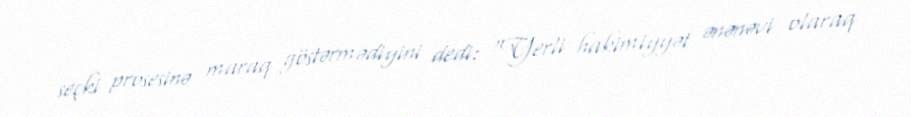
seçki prosesinə maraq göstərmədiyini dedi: “Yerli hakimiyyət ənənəvi olaraq